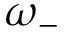
\omega _ { - }